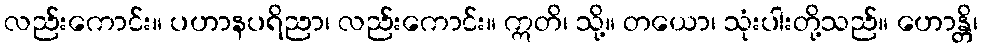
လည်းကောင်း။ ပဟာနပရိညာ၊ လည်းကောင်း။ ဣတိ၊ သို့။ တယော၊ သုံးပါးတို့သည်။ ဟောန္တိ၊